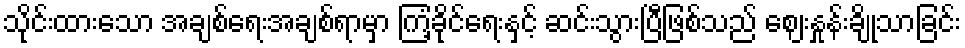
သိုင်းထားသော အချစ်ရေးအချစ်ရာမှာ ကြံ့ခိုင်ရေးနှင့် ဆင်းသွားပြီဖြစ်သည် ဈေးနှုန်းချိုသာခြင်း